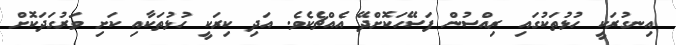
އިނގުރަކީ ހުޅުތަކުގައި ރިއްސުން ފަސޭހަކޮށްދޭ އެއްޗެކެވެ. އަދި ކިރަކީ ހުޅުތަކާއި ކަށި ވަރުގަދަކޮށް